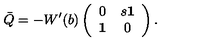
\bar { Q } = - W ^ { \prime } ( b ) \left( \begin{array} { c c } { 0 } & { s { \bf 1 } } \\ { { \bf 1 } } & { 0 } \\ \end{array} \right) .